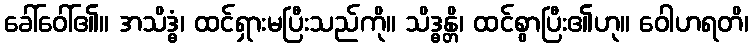
ခေါ်ဝေါ်၏။ အသိဒ္ဓံ၊ ထင်ရှားမပြီးသည်ကို။ သိဒ္ဓန္တိ၊ ထင်စွာပြီး၏ဟု။ ဝေါဟရတိ၊